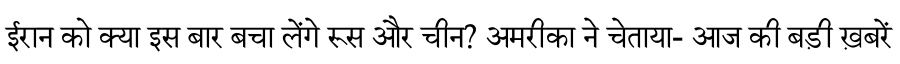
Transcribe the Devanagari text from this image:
ईरान को क्या इस बार बचा लेंगे रूस और चीन? अमरीका ने चेताया- आज की बड़ी ख़बरें